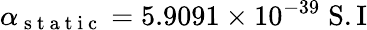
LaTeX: \alpha_{\mathrm{~s~t~a~t~i~c~}}=5.9091\times 10^{-39}\; \mathrm{S.I}